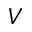
V